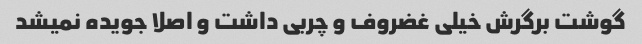
گوشت برگرش خیلی غضروف و چربی داشت و اصلا جویده نمیشد